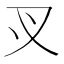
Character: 㕚